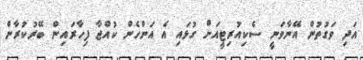
އަދި ވަގުތުން އޭޭނާވަނީ ސެކިއުރިޓީއަށް ގުޅައި އެ އަންހެން ކުއްޖާ ފިހާރައިން ބޭރުކުރާން